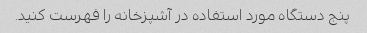
پنج دستگاه مورد استفاده در آشپزخانه را فهرست کنید.